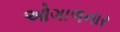
ઓગાળનાર